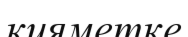
қияметке